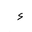
Letter: _hamza